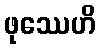
ဖုဿေဟိ